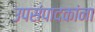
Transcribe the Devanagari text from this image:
उपसंपादकांना